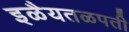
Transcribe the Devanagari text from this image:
इळैयतळपती